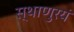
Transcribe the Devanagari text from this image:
स्थाणुरयं